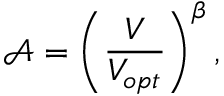
\mathcal { A } = \left( \frac { V } { V _ { o p t } } \right) ^ { \beta } ,